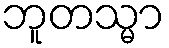
ဘူတသ္မာ